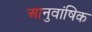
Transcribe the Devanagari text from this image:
आनुवांषिक